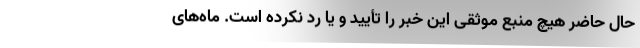
حال حاضر هیچ منبع موثقی این خبر را تأیید و یا رد نکرده است. ماه‌های